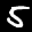
Label: 5